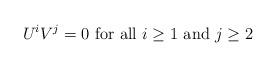
LaTeX: \begin{align*}U^iV^j=0 \mbox{ for all } i\geq 1 \mbox{ and } j\geq 2\end{align*}